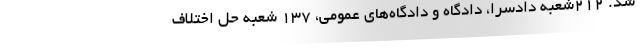
شد. ۲۱۲شعبه دادسرا، دادگاه و دادگاه‌های عمومی، ۱۳۷ شعبه حل اختلاف